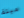
ميتة